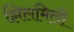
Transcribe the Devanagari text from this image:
झिलमिली